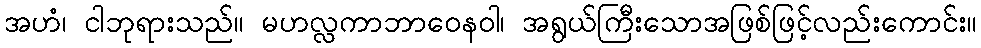
အဟံ၊ ငါဘုရားသည်။ မဟလ္လကာဘာဝေနဝါ၊ အရွယ်ကြီးသောအဖြစ်ဖြင့်လည်းကောင်း။